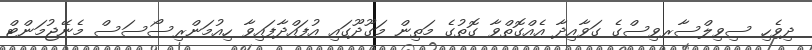
ދިވެހި ސިވިލްސާރވިސްގެ ގަވާއިދާ އެއްގޮތްވާ ގޮތުގެ މަތިން މަގޫދޫގައި އުފައްދާފައިވާ ހިއުމަންރިސޯސަސް މެނޭޖުމަންޓް